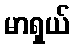
မာရှယ်